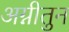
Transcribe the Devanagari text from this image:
अग्नीतुन